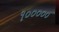
૧૦૦૦૦૦